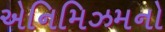
એનિમિઝમનો